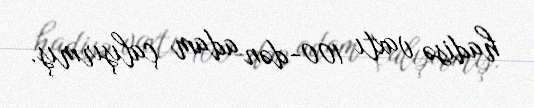
hadisə vaxtı 100-dən adam çalışırmış.